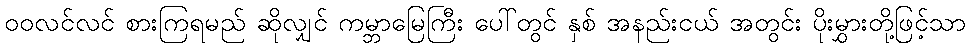
ဝဝလင်လင် စားကြရမည် ဆိုလျှင် ကမ္ဘာမြေကြီး ပေါ်တွင် နှစ် အနည်းငယ် အတွင်း ပိုးမွှားတို့ဖြင့်သာ